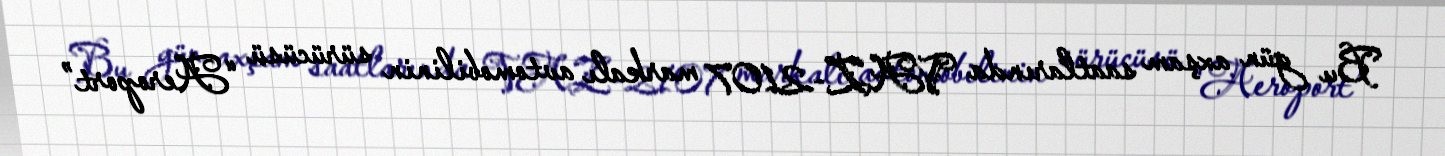
Bu gün axşam saatlarında VAZ-2107 markalı avtomobilinin sürücüsü “Aeroport”